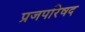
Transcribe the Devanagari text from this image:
प्रजपरिषद